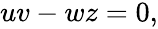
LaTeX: \begin{array}{r}{uv-wz=0,}\end{array}